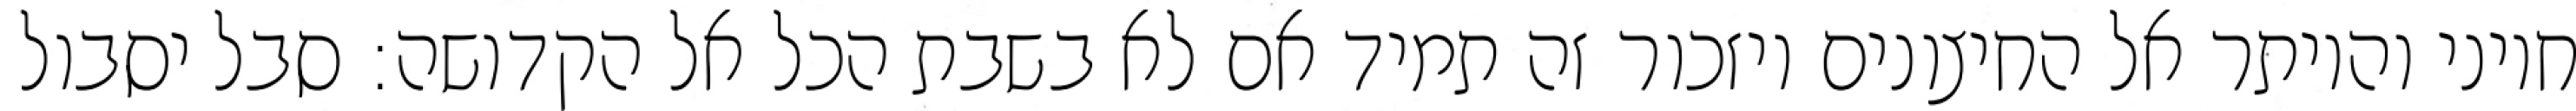
חיוני והיותר אל החיצונים ויזכור זה תמיד אם לא בשבת הכל אל הקדושה: סבל יסבול